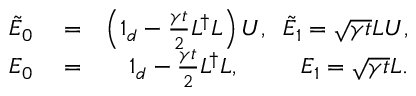
\begin{array} { r l r } { \tilde { E } _ { 0 } } & { { } = } & { \left( \mathbb { 1 } _ { d } - \frac { \gamma t } { 2 } L ^ { \dag } L \right) U , \; \; \tilde { E } _ { 1 } = \sqrt { \gamma t } L U , } \\ { E _ { 0 } } & { { } = } & { \mathbb { 1 } _ { d } - \frac { \gamma t } { 2 } L ^ { \dag } L , \; \; \; \; \; \; \; \; \; E _ { 1 } = \sqrt { \gamma t } L . } \end{array}